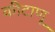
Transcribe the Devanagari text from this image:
कीटाणू